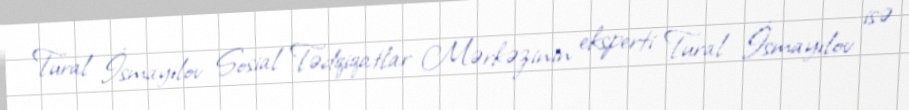
Tural İsmayılov Sosial Tədqiqatlar Mərkəzinin eksperti Tural İsmayılov isə